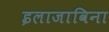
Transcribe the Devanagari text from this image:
इलाजाविना